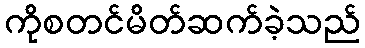
ကိုစတင်မိတ်ဆက်ခဲ့သည်